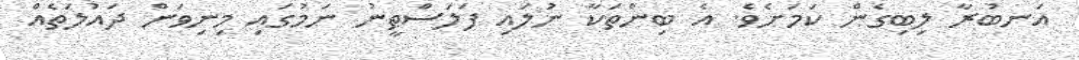
އަނބުރާ ލިބިގެން ކަމަށެވެ. އެ ބިންތަކާ ނުލައި ފަލަސްޠީނު ނަމުގައި މިނިވަން ދައުލަތެއް